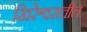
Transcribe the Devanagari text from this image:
खिरेश्वरातील